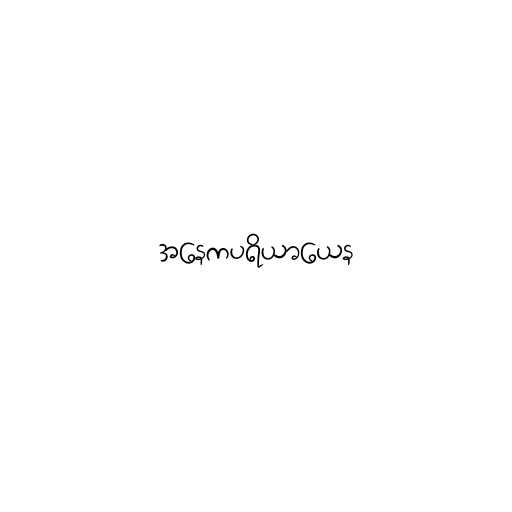
အနေကပရိယာယေန